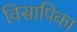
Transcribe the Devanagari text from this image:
विसापिका